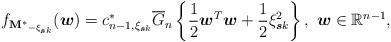
LaTeX: \begin{align*}f_{\mathbf{M^{\ast}}_{-\xi_{\boldsymbol{s}k}}}(\boldsymbol{w})=c_{n-1,\xi_{\boldsymbol{s}k}}^{\ast}\overline{G}_{n}\left\{\frac{1}{2}\boldsymbol{w}^{T}\boldsymbol{w}+\frac{1}{2}\xi_{\boldsymbol{s}k}^{2}\right\},~\boldsymbol{w}\in \mathbb{R}^{n-1},\end{align*}